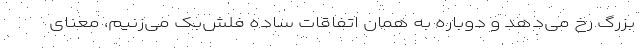
بزرگ رخ می‌دهد و دوباره به همان اتفاقات ساده فلش‌بک می‌زنیم، معنای